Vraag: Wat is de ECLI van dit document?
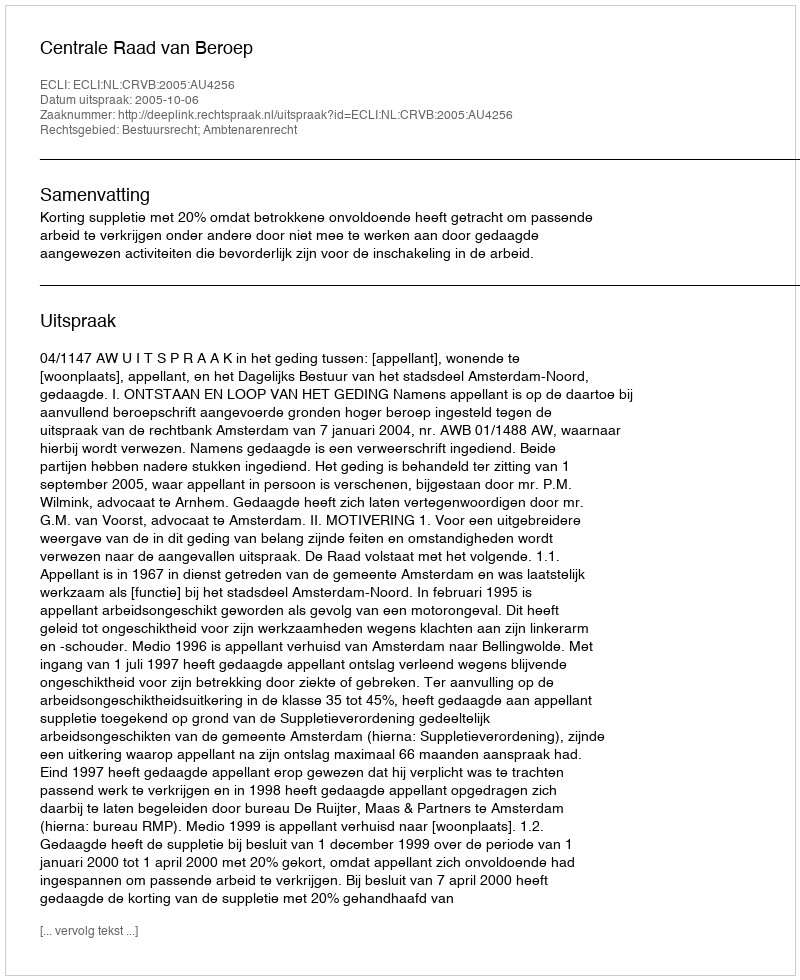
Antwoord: ECLI:NL:CRVB:2005:AU4256